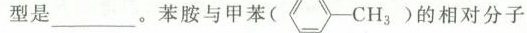
型是_______。苯胺与甲苯的相对分子